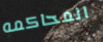
المحاكمه